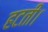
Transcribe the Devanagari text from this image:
हटतीं।